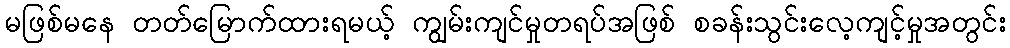
မဖြစ်မနေ တတ်မြောက်ထားရမယ့် ကျွမ်းကျင်မှုတရပ်အဖြစ် စခန်းသွင်းလေ့ကျင့်မှုအတွင်း